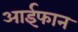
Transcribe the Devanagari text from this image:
आईफान